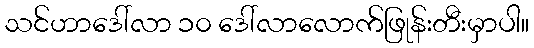
သင်ဟာဒေါ်လာ ၁၀ ဒေါ်လာလောက်ဖြုန်းတီးမှာပါ။